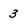
Character: 3